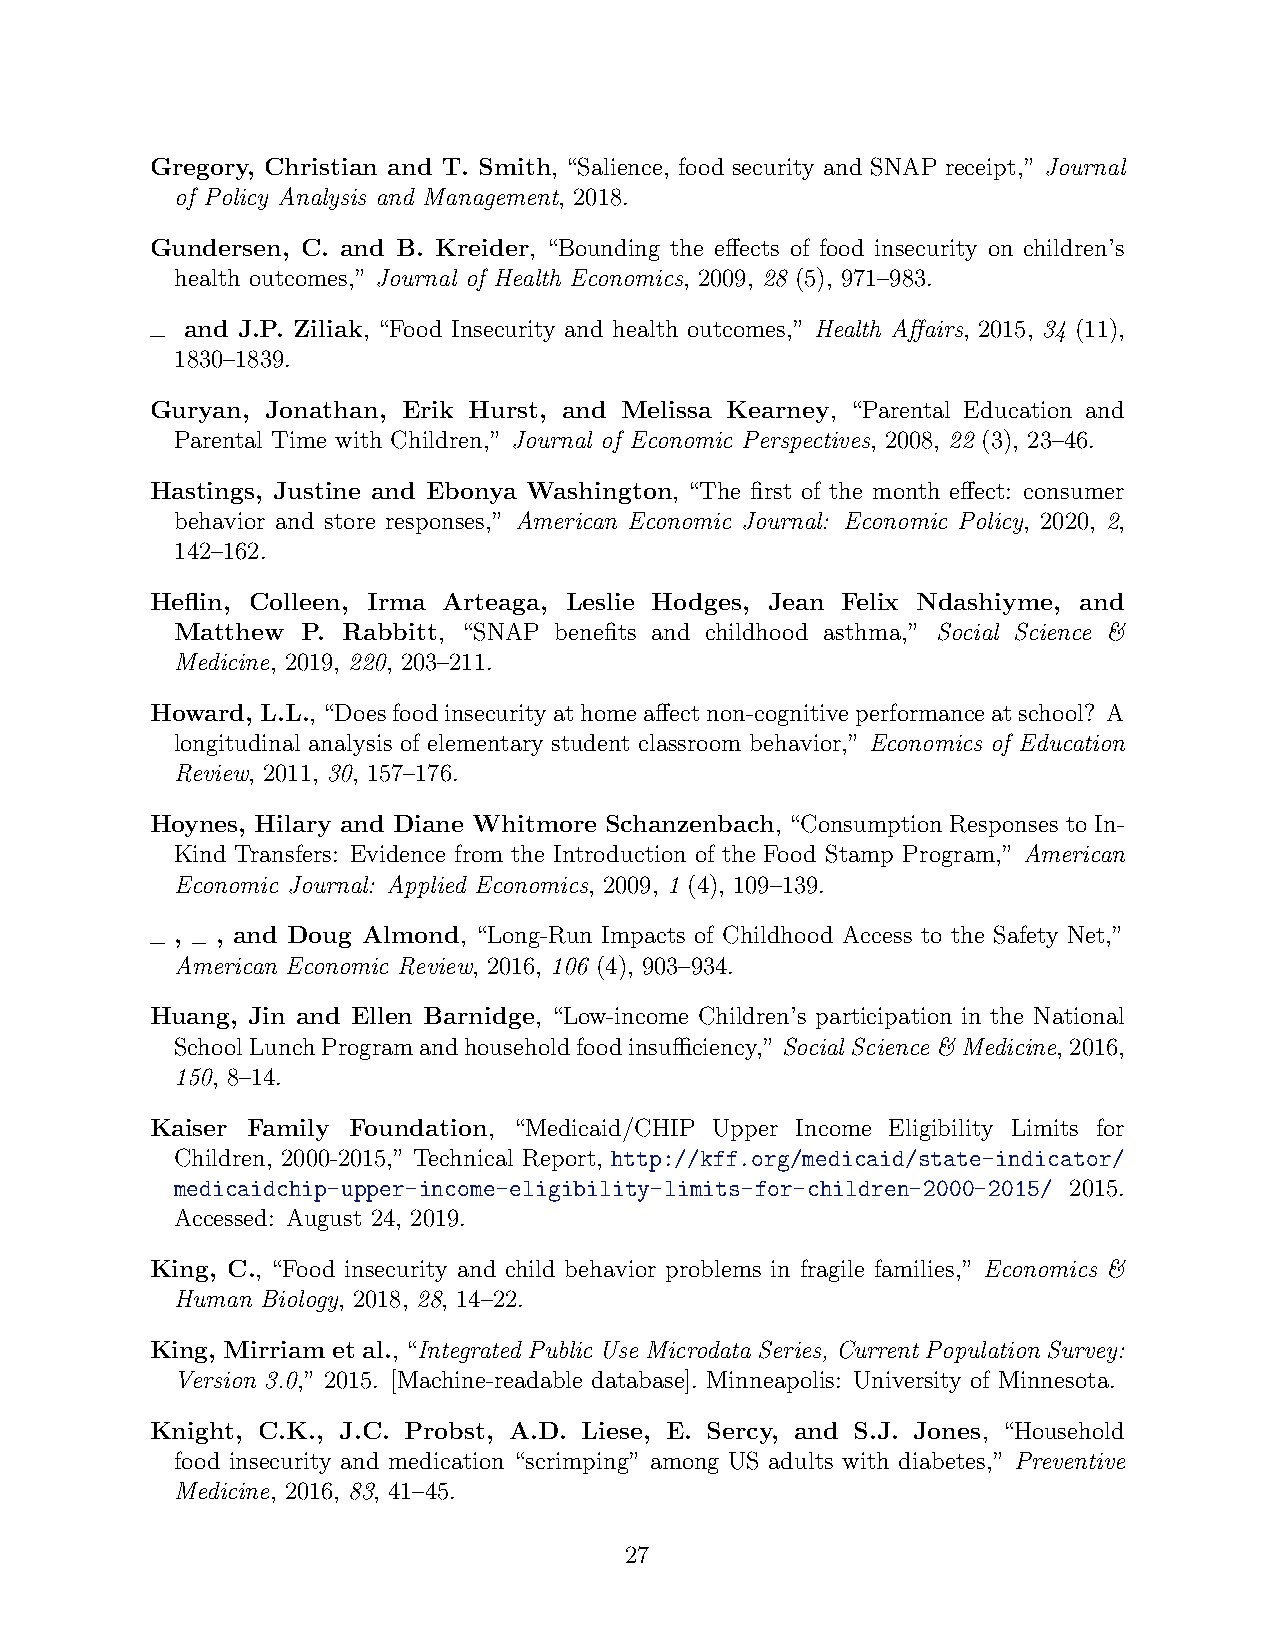
Gregory, Christian and T. Smith, “Salience, food security and SNAP receipt,” Journal
 of Policy Analysis and Management, 2018.
 Gundersen, C. and B. Kreider, “Bounding the effects of food insecurity on children’s
 health outcomes,” Journal of Health Economics, 2009, 28 (5), 971–983.
 and J.P. Ziliak, “Food Insecurity and health outcomes,” Health Affairs, 2015, 34 (11),
 1830–1839.
 Guryan, Jonathan, Erik Hurst, and Melissa Kearney, “Parental Education and
 Parental Time with Children,” Journal of Economic Perspectives, 2008, 22 (3), 23–46.
 Hastings, Justine and Ebonya Washington, “The first of the month effect: consumer
 behavior and store responses,” American Economic Journal: Economic Policy, 2020, 2,
 142–162.
 Heflin, Colleen, Irma Arteaga, Leslie Hodges, Jean Felix Ndashiyme, and
 Matthew P. Rabbitt, “SNAP benefits and childhood asthma,” Social Science &
 Medicine, 2019, 220, 203–211.
 Howard, L.L., “Doesfoodinsecurityathomeaffectnon-cognitiveperformanceatschool? A
 longitudinal analysis of elementary student classroom behavior,” Economics of Education
 Review, 2011, 30, 157–176.
 Hoynes, Hilary and Diane Whitmore Schanzenbach, “Consumption Responses to In-
 Kind Transfers: Evidence from the Introduction of the Food Stamp Program,” American
 Economic Journal: Applied Economics, 2009, 1 (4), 109–139.
 , , and Doug Almond, “Long-Run Impacts of Childhood Access to the Safety Net,”
 American Economic Review, 2016, 106 (4), 903–934.
 Huang, Jin and Ellen Barnidge, “Low-income Children’s participation in the National
 SchoolLunchProgramandhouseholdfoodinsufficiency,” Social Science & Medicine, 2016,
 150, 8–14.
 Kaiser Family Foundation, “Medicaid/CHIP Upper Income Eligibility Limits for
 Children, 2000-2015,” Technical Report, http://kff.org/medicaid/state-indicator/
 medicaidchip-upper-income-eligibility-limits-for-children-2000-2015/ 2015.
 Accessed: August 24, 2019.
 King, C., “Food insecurity and child behavior problems in fragile families,” Economics &
 Human Biology, 2018, 28, 14–22.
 King, Mirriam et al.,“Integrated Public Use Microdata Series, Current Population Survey:
 Version 3.0,” 2015. [Machine-readable database]. Minneapolis: University of Minnesota.
 Knight, C.K., J.C. Probst, A.D. Liese, E. Sercy, and S.J. Jones, “Household
 food insecurity and medication “scrimping” among US adults with diabetes,” Preventive
 Medicine, 2016, 83, 41–45.
 27